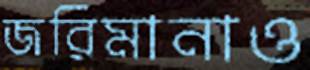
জরিমানাও